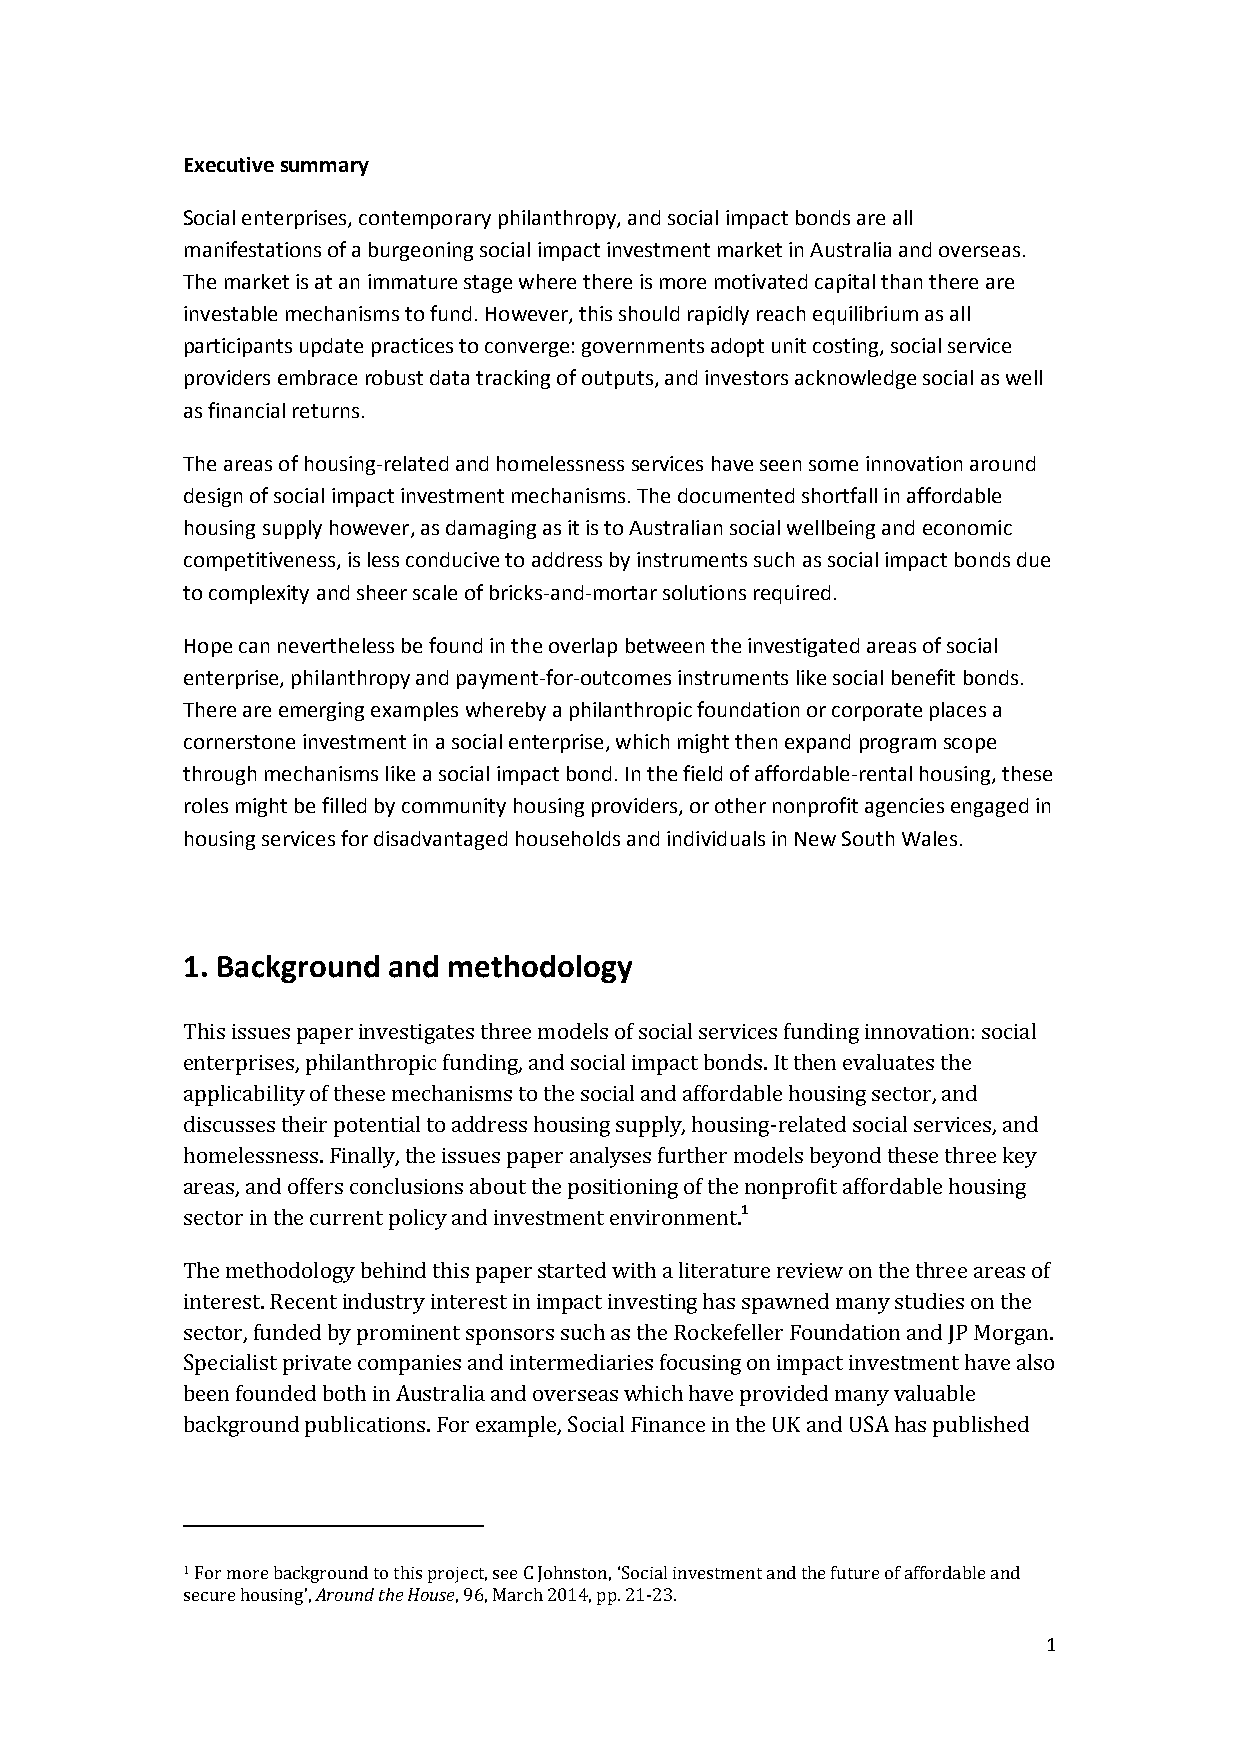
Executive summary
 Social enterprises, contemporary philanthropy, and social impact bonds are all
 manifestations of a burgeoning social impact investment market in Australia and overseas.
 The market is at an immature stage where there is more motivated capital than there are
 investable mechanisms to fund. However, this should rapidly reach equilibrium as all
 participants update practices to converge: governments adopt unit costing, social service
 providers embrace robust data tracking of outputs, and investors acknowledge social as well
 as financial returns.
 The areas of housing-related and homelessness services have seen some innovation around
 design of social impact investment mechanisms. The documented shortfall in affordable
 housing supply however, as damaging as it is to Australian social wellbeing and economic
 competitiveness, is less conducive to address by instruments such as social impact bonds due
 to complexity and sheer scale of bricks-and-mortar solutions required.
 Hope can nevertheless be found in the overlap between the investigated areas of social
 enterprise, philanthropy and payment-for-outcomes instruments like social benefit bonds.
 There are emerging examples whereby a philanthropic foundation or corporate places a
 cornerstone investment in a social enterprise, which might then expand program scope
 through mechanisms like a social impact bond. In the field of affordable-rental housing, these
 roles might be filled by community housing providers, or other nonprofit agencies engaged in
 housing services for disadvantaged households and individuals in New South Wales.
 1. Background and methodology
 This issues paper investigates three models of social services funding innovation: social
 enterprises, philanthropic funding, and social impact bonds. It then evaluates the
 applicability of these mechanisms to the social and affordable housing sector, and
 discusses their potential to address housing supply, housing-related social services, and
 homelessness. Finally, the issues paper analyses further models beyond these three key
 areas, and offers conclusions about the positioning of the nonprofit affordable housing
 sector in the current policy and investment environment.1
 The methodology behind this paper started with a literature review on the three areas of
 interest. Recent industry interest in impact investing has spawned many studies on the
 sector, funded by prominent sponsors such as the Rockefeller Foundation and JP Morgan.
 Specialist private companies and intermediaries focusing on impact investment have also
 been founded both in Australia and overseas which have provided many valuable
 background publications. For example, Social Finance in the UK and USA has published
 1 For more background to this project, see C Johnston, ‘Social investment and the future of affordable and
 secure housing’, Around the House, 96, March 2014, pp. 21-23.
 1